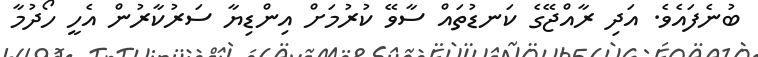
ބުނެފައެވެ. އަދި ރާއްޖޭގެ ކަނޑުތައް ސާވޭ ކުރުމަށް އިންޑިޔާ ސަރުކާރުން އެހީ ހޯދުމާ